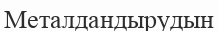
Металдандырудын